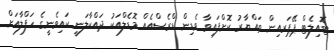
ޓޮއިލެޓް ޕޭޕަރއިން ތައްޔާރު ކޮށްފައިވާ ވެޑިން ޑްރެސްއެއް މޮޑެލްއަކު ދައްކާލަނީ ކައިވެނީގެ ހަފްލާއަށް